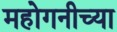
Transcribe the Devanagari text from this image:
महोगनीच्या